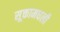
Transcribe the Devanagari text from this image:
सूक्तामधली